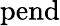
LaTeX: \mathrm{pend}